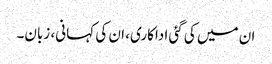
ان میں کی گئی اداکاری، ان کی کہانی، زبان۔